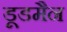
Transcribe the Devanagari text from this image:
डूडमैन